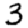
Digit: 3